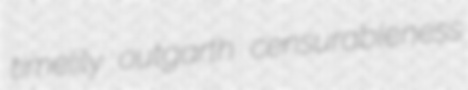
timelily outgarth censurableness